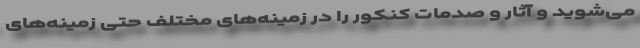
می‌شوید و آثار و صدمات کنکور را در زمینه‌های مختلف حتی زمینه‌های